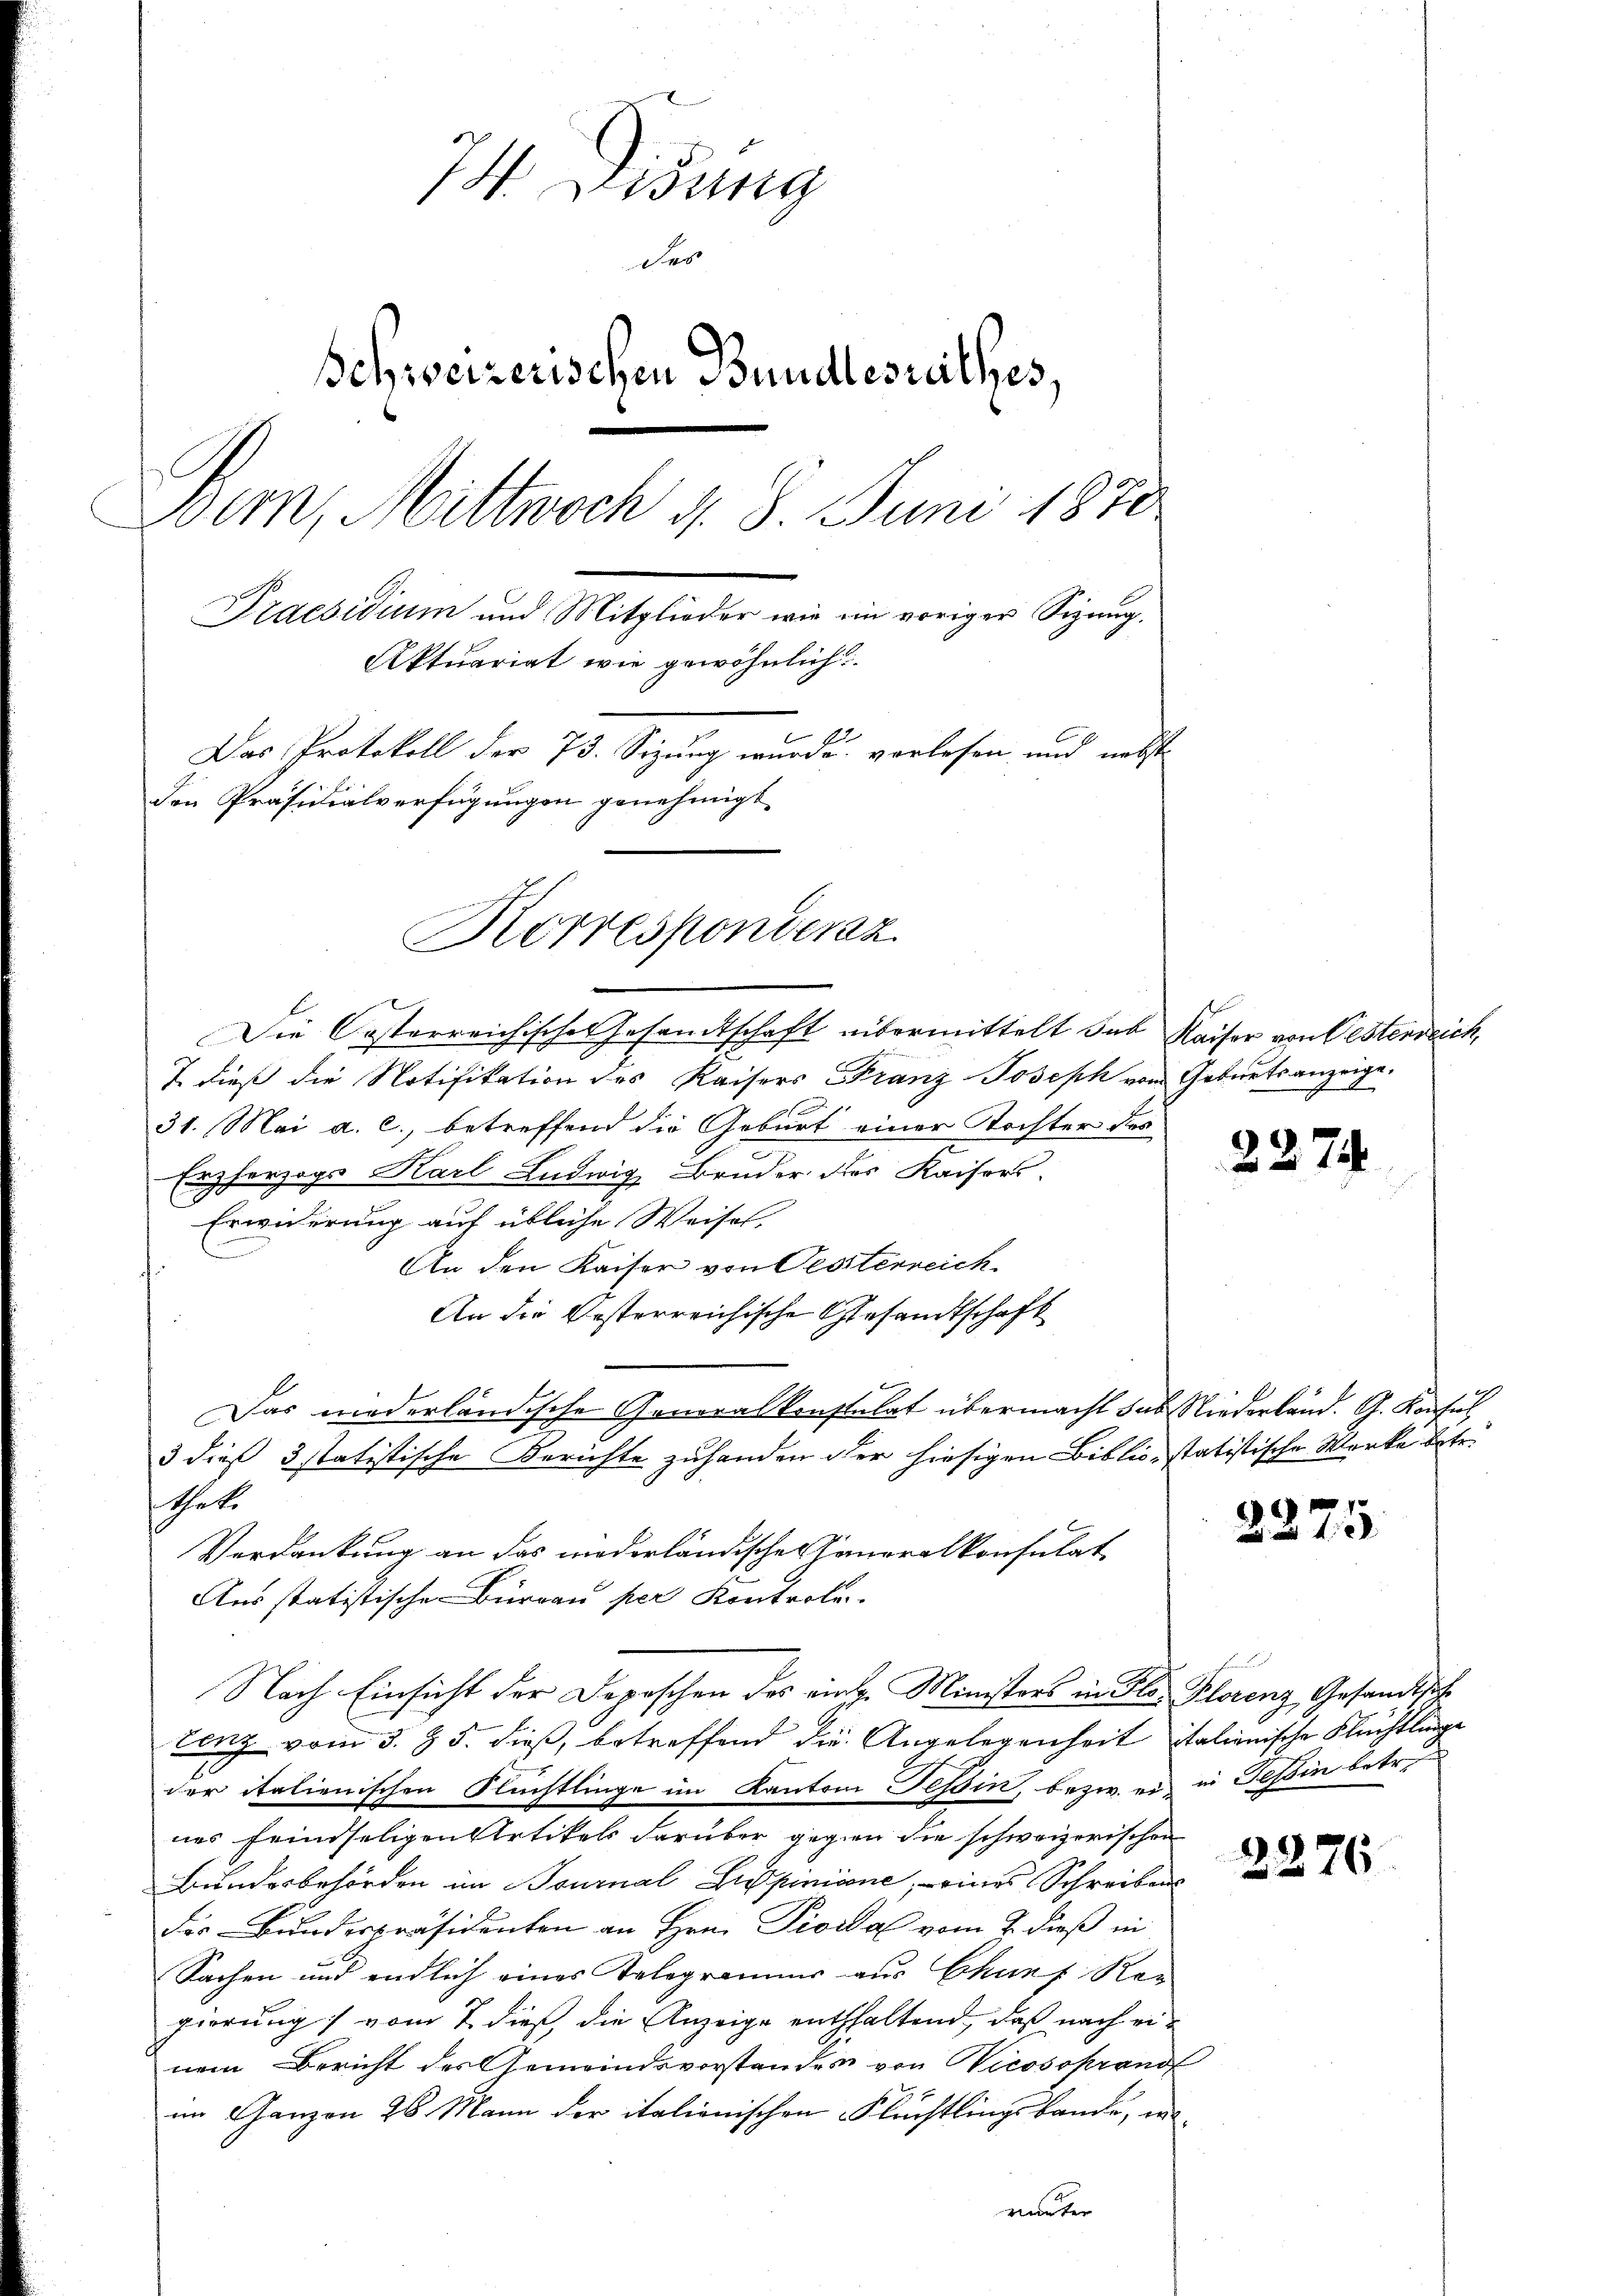
74 Didung
Fes
Schweizerischen Bundesrathes,
Bern, Mittwoch d. 8. Juni 1870
Praesidium und Mitglieder wie ein voriger Sizung,
Aktuariat wie gewöhnlich
Das Protokoll der 73. Sizung wurde vorlesen und nebst
Den Präsidialverfügungen genehmigt.
Korrespondenz

Die Oesterreichische Gesandtschaft übermittelt sub Kaiser von Bestenreich,
T. dieß die Notifikation des Kaisers Franz Joseph von Geburtsanzeige
31. Mai a. c., betreffend die Geburt einer Tochter des
Erzherzoge Karl Ludwig Bruder des Kaisers.
Erwiderung auf übliche Weisel,
An den Kaiser von Oesterreich
An die besterreichische Gesandtschaft
Das niederländische Generalkonstulat übermacht das Niederland. G. Konsul
3 dieß 3 statistische Berichte zuhanden der hiesigen Biblio-statistische Werke betr.
sthete
Verdankung an das niederländische Generalkonsulat
Ausstatistische Büreau per Kontrole.
Nach Einsicht der Depeschen des ringe Ministers in Flor Florenz, Gesandtsche
tenz vom 3. § 5. dieß, betreffend die Angelegenheit italienische Flüchtlinge
der italienischen Flüchtlinge im Kanton Tessin, bezw. er in Tessin betr.
nes feindseligen Artikels darüber gegen die schweizerischen
Bundesbehörden im Bournal Liepinicane, - eines Schreibens
Fis Bundespräsidenten an Hrn. Pioidal vom 2. dieß in
Sachen und endlich eines Telegrammer aus Chunf Kan
gierung) vom 7 dieß die Anzeige enthaltend, daß nach einem Bericht des Gemeindsvorstandes von Wicosoprand
im Ganzen 28 Mann der italienischen Flüchtlingsbande, i
runter

2274

2275

2276.